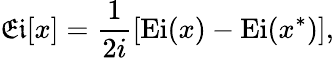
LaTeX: \mathfrak{Ei}[x]=\frac{1}{2i}\left[\mathrm{Ei}(x)-\mathrm{Ei}(x^{*})\right],